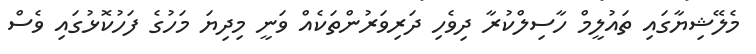
މެލޭޝިޔާގައި ތައުލީމް ހާސިލްކުރާ ދިވެހި ދަރިވަރުންތަކެއް ވަނީ މިދިޔަ މަހުގެ ފަހުކޮޅުގައި ވެސް